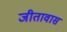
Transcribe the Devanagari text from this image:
जीतावास